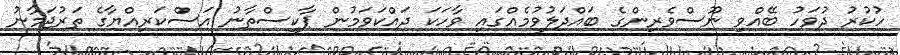
ހުކުރު ދުވަހު ބޭއްވި ނޫސްވެރިންގެ ބައްދަލުވުމެއްގައި ވާހަކަ ދައްކަވަމުން ޕާކިސްތާނު އަސްކަރިއްޔާގެ ތަރުޖަމާނު